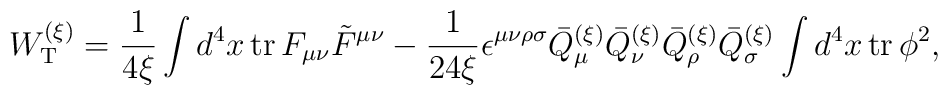
W_{\rm T}^{(\xi)} = \frac{1}{4 \xi} \int d^4x\, {\rm tr}\,F_{\mu\nu} \tilde{F}^{\mu\nu} - \frac{1}{24 \xi} \epsilon^{\mu\nu\rho\sigma} \bar{Q}_\mu^{(\xi)} \bar{Q}_\nu^{(\xi)} \bar{Q}_\rho^{(\xi)}\bar{Q}_\sigma^{(\xi)} \int d^4x\, {\rm tr}\, \phi^2,